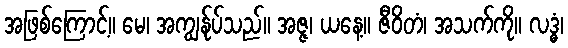
အဖြစ်ကြောင့်။ မေ၊ အကျွန်ုပ်သည်။ အဇ္ဇ၊ ယနေ့။ ဇီဝိတံ၊ အသက်ကို။ လဒ္ဓံ၊